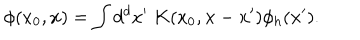
\phi ( x _ { 0 } , { \bf x } ) = \int d ^ { d } x ^ { \prime } \; K ( x _ { 0 } , { \bf x } - { \bf x } ^ { \prime } ) \phi _ { h } ( { \bf x } ^ { \prime } ) .